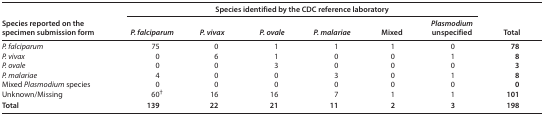
| <ROWSPAN=2> Species reported on the specimen submission form | <COLSPAN=6> Species identified by the CDC reference laboratory | <ROWSPAN=2> Total |
 | P. falciparum | P. vivax | P. ovale | P. malariae | Mixed | Plasmodium unspecified |
 | --- | --- | --- | --- | --- | --- | --- | --- |
 | P. falciparum | 75 | 0 | 1 | 1 | 1 | 0 | 78 |
 | P. vivax | 0 | 6 | 1 | 0 | 0 | 1 | 8 |
 | P. ovale | 0 | 0 | 3 | 0 | 0 | 0 | 3 |
 | P. malariae | 4 | 0 | 0 | 3 | 0 | 1 | 8 |
 | Mixed Plasmodium species | 0 | 0 | 0 | 0 | 0 | 0 | 0 |
 | Unknown/Missing | 60† | 16 | 16 | 7 | 1 | 1 | 101 |
 | Total | 139 | 22 | 21 | 11 | 2 | 3 | 198 |